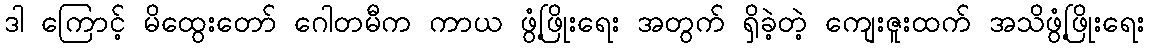
ဒါ ကြောင့် မိထွေးတော် ဂေါတမီက ကာယ ဖွံ့ဖြိုးရေး အတွက် ရှိခဲ့တဲ့ ကျေးဇူးထက် အသိဖွံ့ဖြိုးရေး